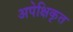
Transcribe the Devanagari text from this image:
अपेक्षिकृत